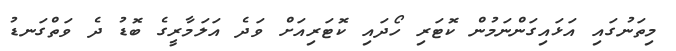
މިތަނުގައި އަޅައިގަންނަމުން ކޮޓަރި ހޯދައި ކޮޓަރިއަށް ވަދެ އަލަމާރީގެ ބޮޑު ދެ ވަތްގަނޑު